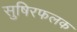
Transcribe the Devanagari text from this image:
सुषिरफलक